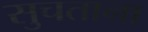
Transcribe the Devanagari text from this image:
सुचताना